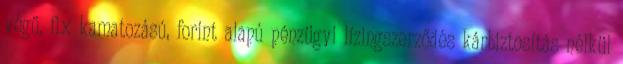
végű, fix kamatozású, forint alapú pénzügyi lízingszerződés kárbiztosítás nélkül